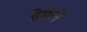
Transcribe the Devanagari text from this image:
डेग्रेले